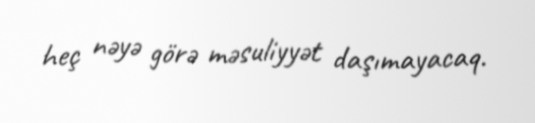
heç nəyə görə məsuliyyət daşımayacaq.